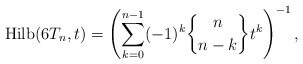
\begin{gather*} {\rm Hilb}(6T_n,t)=\left( \sum_{k=0}^{n-1}(-1)^k {n \brace n-k } t^{k} \right)^{-1}, \end{gather*}